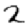
Digit: 2